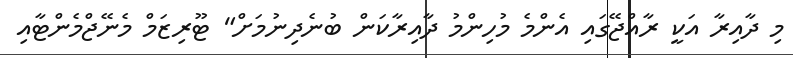
މި ދާއިރާ އަކީ ރާއްޖޭގައި އެންމެ މުހިންމު ދާއިރާކަން ބުނެދިނުމަށް" ޓޫރިޒަމް މެނޭޖްމެންޓާއި